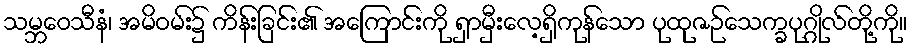
သမ္ဘဝေသီနံ၊ အမိဝမ်း၌ ကိန်းခြင်း၏ အကြောင်းကို ရှာမှီးလေ့ရှိကုန်သော ပုထုဇဉ်သေက္ခပုဂ္ဂိုလ်တို့ကို။